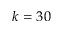
k = 3 0